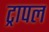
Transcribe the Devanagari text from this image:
ट्रापल